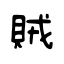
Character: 賊